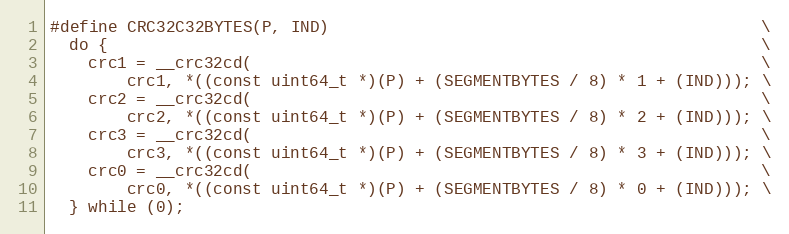
Language: C++
#define CRC32C32BYTES(P, IND)                                             \
  do {                                                                    \
    crc1 = __crc32cd(                                                     \
        crc1, *((const uint64_t *)(P) + (SEGMENTBYTES / 8) * 1 + (IND))); \
    crc2 = __crc32cd(                                                     \
        crc2, *((const uint64_t *)(P) + (SEGMENTBYTES / 8) * 2 + (IND))); \
    crc3 = __crc32cd(                                                     \
        crc3, *((const uint64_t *)(P) + (SEGMENTBYTES / 8) * 3 + (IND))); \
    crc0 = __crc32cd(                                                     \
        crc0, *((const uint64_t *)(P) + (SEGMENTBYTES / 8) * 0 + (IND))); \
  } while (0);